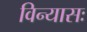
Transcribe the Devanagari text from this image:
विन्यासः